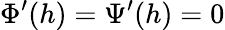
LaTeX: \Phi^{\prime}(h)=\Psi^{\prime}(h)=0